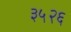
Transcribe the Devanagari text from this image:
३५२६